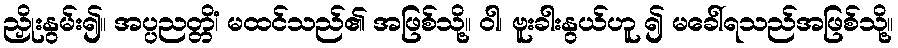
ညှိုးနွမ်း၍။ အပ္ပညတ္တိံ၊ မထင်သည်၏ အဖြစ်သို့။ ဝါ၊ ဗူးခါးနွယ်ဟူ ၍ မခေါ်ရသည်အဖြစ်သို့။